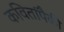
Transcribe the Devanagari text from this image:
कवितांपैकी